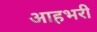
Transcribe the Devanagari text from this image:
आहभरी